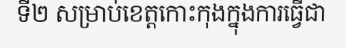
ទី២ សម្រាប់ខេត្តកោះកុងក្នុងការធ្វើជា